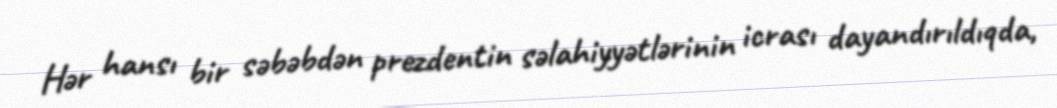
Hər hansı bir səbəbdən prezdentin səlahiyyətlərinin icrası dayandırıldıqda,